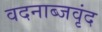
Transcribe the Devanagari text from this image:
वदनाब्जवृंद